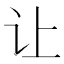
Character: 让